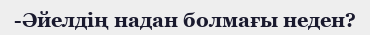
-Әйелдің надан болмағы неден?